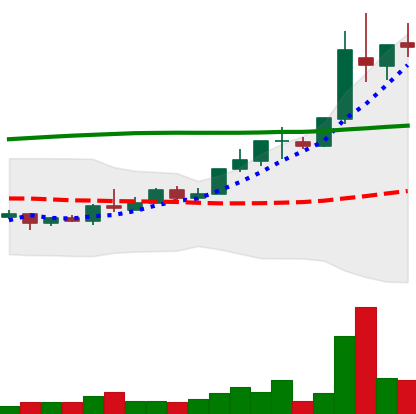
Ticker: TRX-USD
Chart end date: 2018-04-27
Forward return: 23.448%
Label: up_7plus